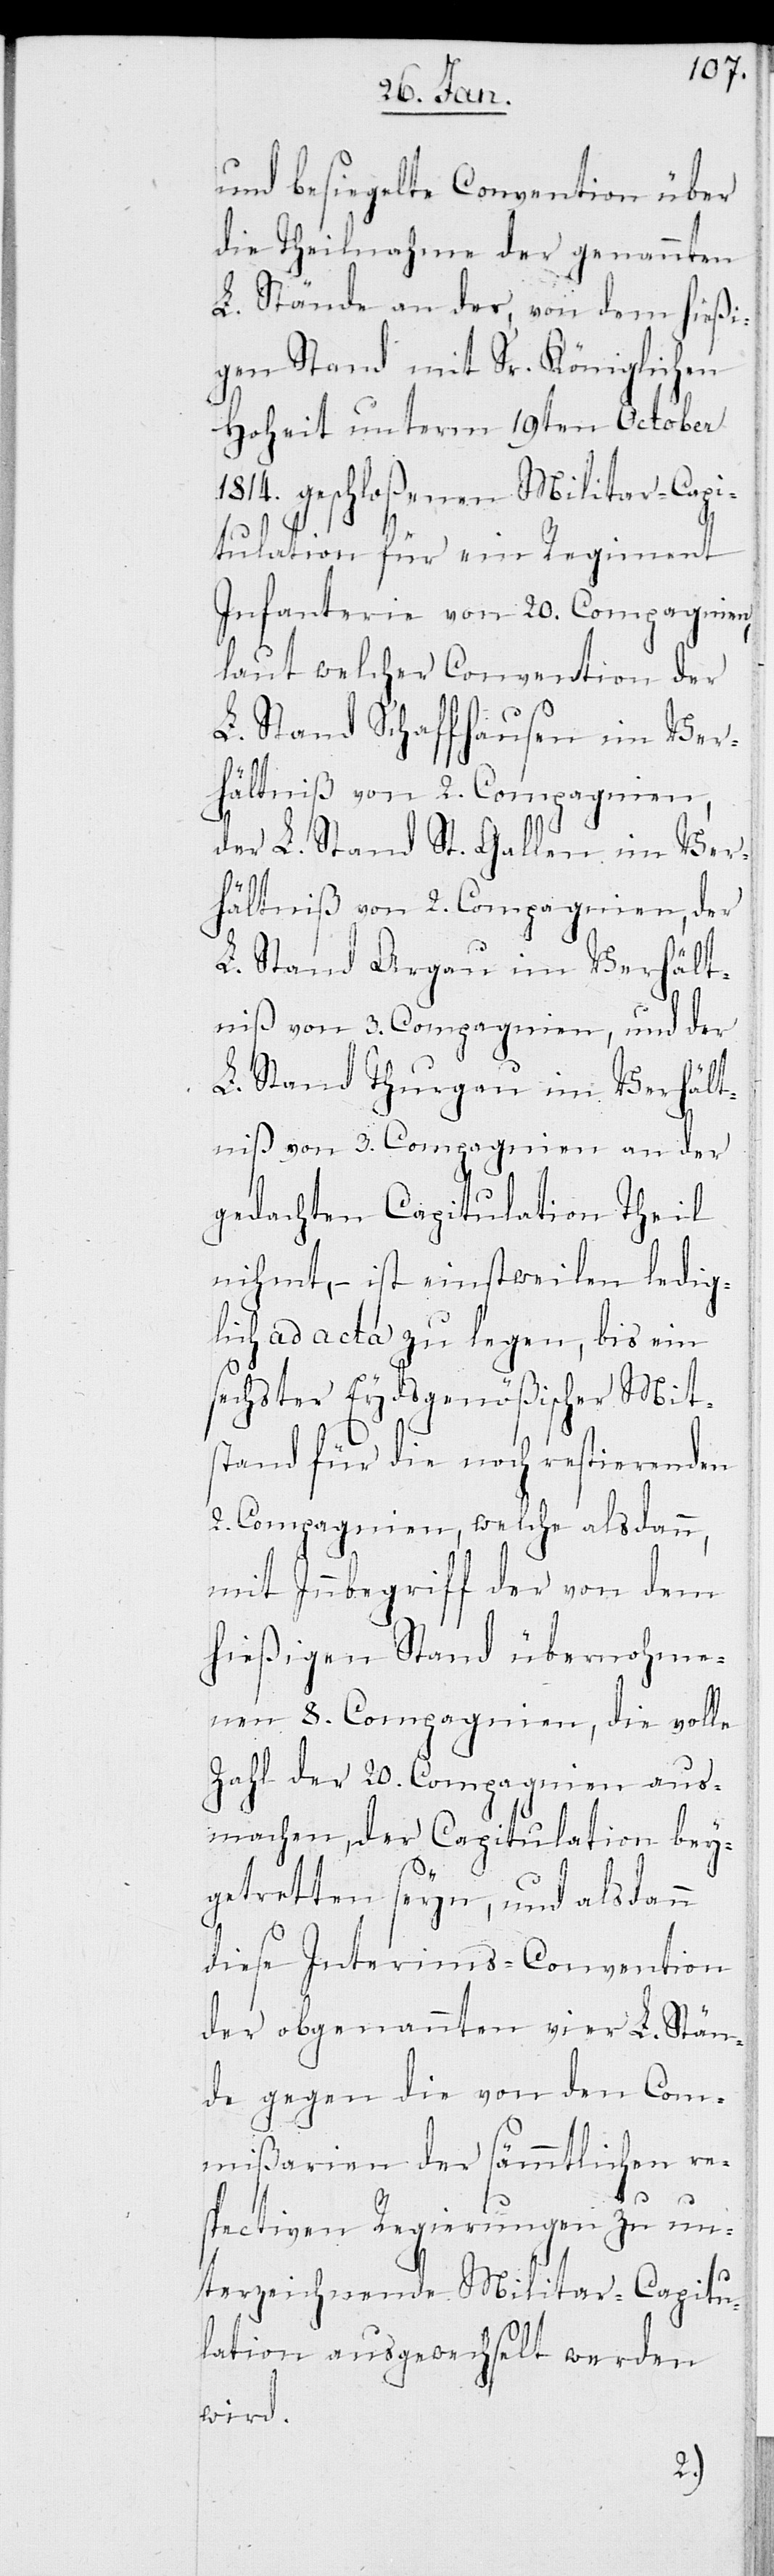
und besiegelte Convention über
die Theilnahme der genannten
L. Stände an der, von dem hießi¬
gen Stand mit Sr. Königlichen
Hoheit unterm 19ten Oktober
1814. geschloßenen Militar-Capi¬
tulation für ein Regiment
Infanterie von 20. Compagnien,
laut welcher Convention der
L. Stand Schaffhausen im Ver¬
hältniß von 2. Compagnien,
der L. Stand St. Gallen im Ver¬
hältniß von 2. Compagnien, der
L. Stand Argau im Verhält¬
nis von 3. Compagnien, und der
L. Stand Thurgau im Verhält¬
nis von 3. Compagnien an der
gedachten Capitulation Theil
nihmt, – ist einstweilen ledig¬
lich ad acta zu legen, bis ein
sechster Eydsgenößischer Mit¬
stand für die noch restierenden
2. Compagnien, welche alsdann,
mit Innbegriff der von dem
hiesigen Stand übernohme¬
nen 8. Compagnien, die volle
Zahl der 20. Compagnien aus¬
machen, der Capitulation bey¬
getretten seyn, und alsdann
diese Interims-Convention
der obgenannten vier L. Stän¬
de gegen die von den Com¬
mißarien der sämmtlichen re¬
spectiven Regierungen zu un¬
terzeichnende Militar-Capitu¬
lation ausgewechselt werden
wird.